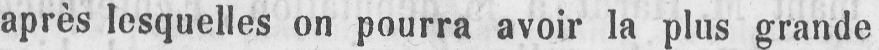
après lesquelles on pourra avoir la plus grande